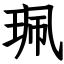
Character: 珮